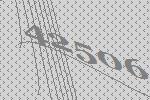
42506